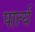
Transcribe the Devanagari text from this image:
पार्त्य